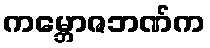
ကမ္ဘောဇဘဏ်က